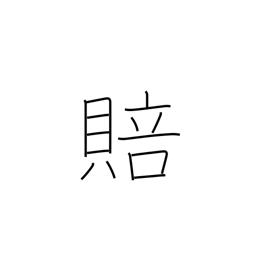
Meaning: compensation